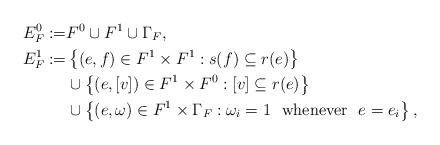
LaTeX: \begin{align*}E_F^0:=&F^0 \cup F^1 \cup \Gamma_F,\\E_F^1:=&\left\{(e,f)\in F^1\times F^1: s(f)\subseteq r(e) \right\}\\&\cup \left\{(e,[v])\in F^1\times F^0: [v]\subseteq r(e) \right\}\\&\cup \left\{(e,\omega)\in F^1\times \Gamma_F: \omega_i=1 \mathrm{~~whenever~~} e=e_i \right\},\end{align*}